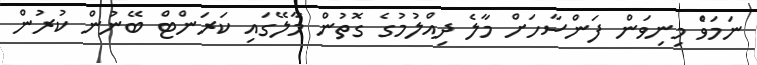
ނަމަވެް މިނިވަން ފަންސާހަށް މާލެ ދިއްލުމުގެ ގޮތުން މާލޭގައި ކަރަންޓް ބޭނުން ކުރުން